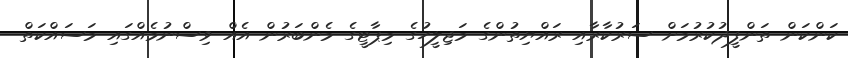
ކަންކަން ތަންފީޛުކުރުމަށް ސަރުކާރާއި ރައްޔިތުންގެ މަޖިލީހުގެ މިޕާޓީގެ މެންބަރުން އެއް ވިސްނުމެއްގައި މަސައްކަތް